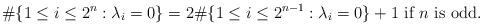
LaTeX: \begin{align*}\#\{1\leq i\leq 2^n: \lambda_i=0\}=2\#\{1\leq i\leq 2^{n-1}: \lambda_i=0\} + 1 \textrm{ if }n\textrm{ is odd}.\end{align*}